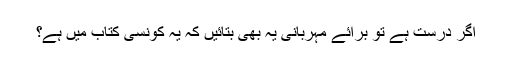
اگر درست ہے تو برائے مہربانی یہ بھی بتائیں کہ یہ کونسی کتاب میں ہے؟